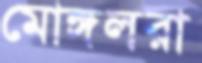
মোঙ্গলরা